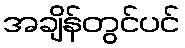
အချိန်တွင်ပင်